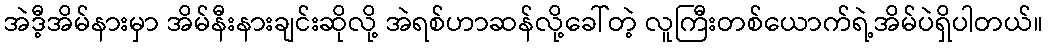
အဲဒီ့အိမ်နားမှာ အိမ်နီးနားချင်းဆိုလို့ အဲရစ်ဟာဆန်လို့ခေါ်တဲ့ လူကြီးတစ်ယောက်ရဲ့အိမ်ပဲရှိပါတယ်။